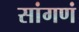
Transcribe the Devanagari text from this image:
सांगणं